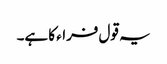
یہ قول فراء کا ہے۔